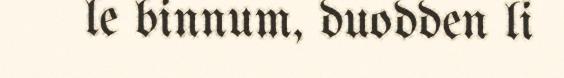
le binnum, duodden li